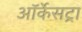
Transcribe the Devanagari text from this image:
ऑर्केसट्रा